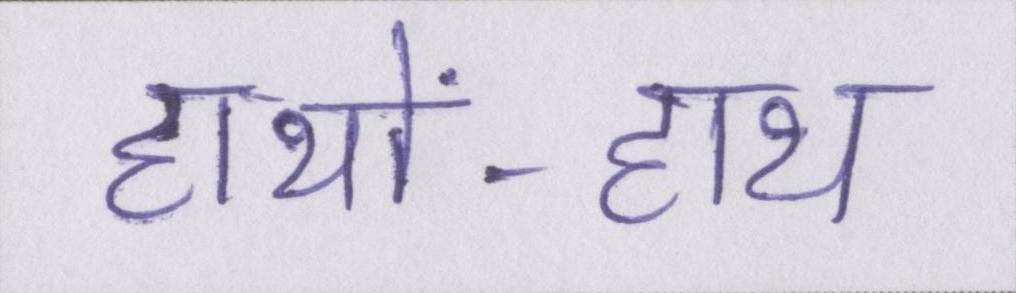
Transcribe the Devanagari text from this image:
हाथों-हाथ